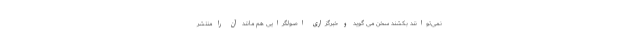
نمی‌توانند بکشند سخن می گوید و خبرگزاری اصولگرایی هم مانند آن را منتشر